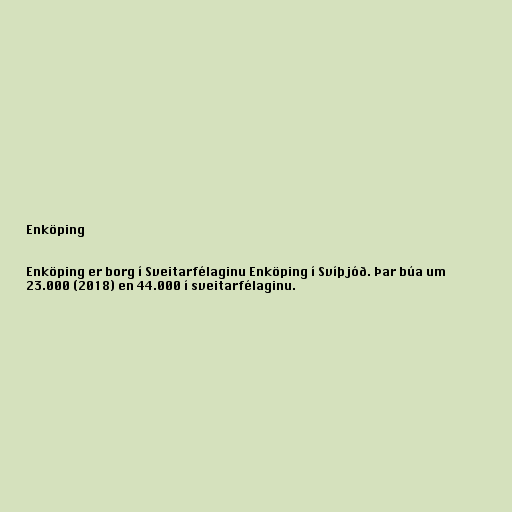
Enköping

Enköping er borg í Sveitarfélaginu Enköping í Svíþjóð. Þar búa um
23.000 (2018) en 44.000 í sveitarfélaginu.